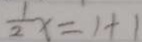
\frac { 1 } { 2 } x = 1 + 1